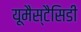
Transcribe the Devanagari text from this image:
यूमैस्टैसिडी